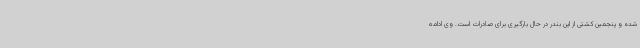
شده و پنجمین کشتی از این بندر در حال بارگیری برای صادرات است. وی ادامه